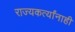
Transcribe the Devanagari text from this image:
राज्यकर्त्यांनाही